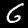
Digit: 6